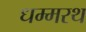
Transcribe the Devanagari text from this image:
धम्मरथ